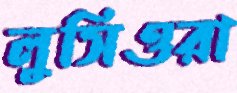
লুসিওরা